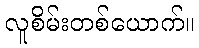
လူစိမ်းတစ်ယောက်။